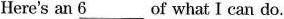
Here's an \underline{6} ___of what I can do.